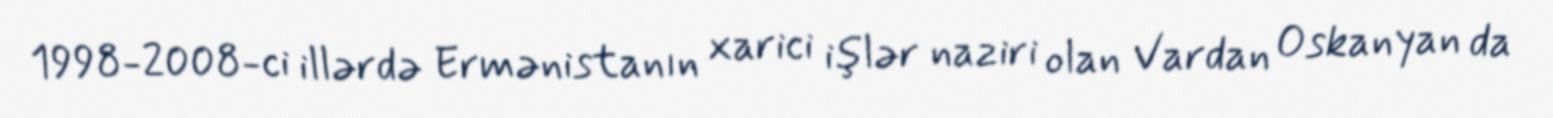
1998-2008-ci illərdə Ermənistanın xarici işlər naziri olan Vardan Oskanyan da